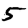
Digit: 5